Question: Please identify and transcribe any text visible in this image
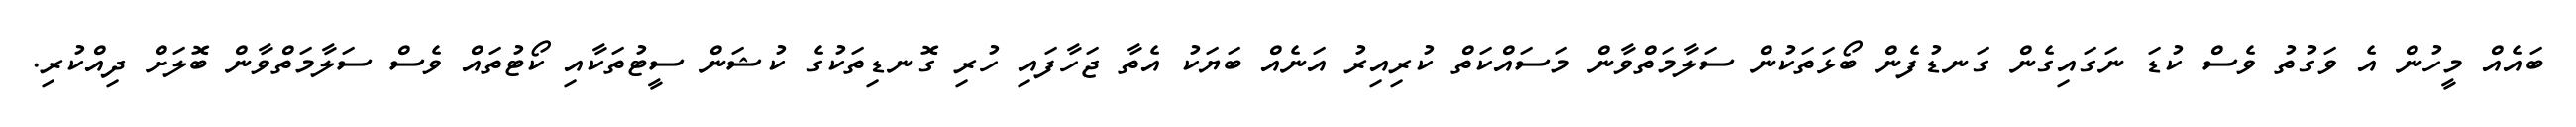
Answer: ބައެއް މީހުން އެ ވަގުތު ވެސް ކުޑަ ނަގައިގެން ގަނޑުފެން ބޯޅަތަކުން ސަލާމަތްވާން މަސައްކަތް ކުރިއިރު އަނެއް ބަޔަކު އެތާ ޖަހާފައި ހުރި ގޮނޑިތަކުގެ ކުޝަން ސީޓުތަކާއި ކޯޓުތައް ވެސް ސަލާމަތްވާން ބޮލަށް ދިއްކުރި.